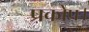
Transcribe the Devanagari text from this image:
प्रकोप।